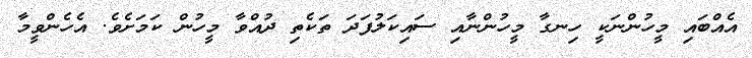
އެއްބައި މީހުންނަކީ ހިނގާ މީހުންނާއި ސައިކަލުފަދަ ތަކެތި ދުއްވާ މީހުން ކަމަށެވެ. އެހެންވީމާ